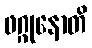
ဖဂ္ဂုနောတိ